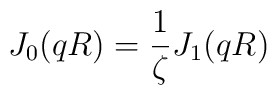
J_0(qR) = \frac{1}{\zeta} J_1(qR)